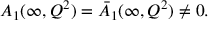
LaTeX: A _ { 1 } ( \infty , Q ^ { 2 } ) = \bar { A } _ { 1 } ( \infty , Q ^ { 2 } ) \neq 0 .